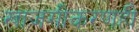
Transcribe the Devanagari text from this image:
खाजगीकरणही